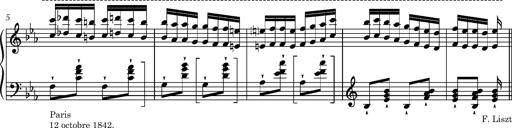
Title: 8 Album Leaves
Composer: Franz Liszt